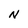
Character: N